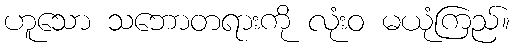
ဟူသော သဘောတရားကို လုံးဝ မယုံကြည်။